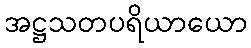
အဋ္ဌသတပရိယာယော